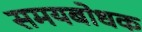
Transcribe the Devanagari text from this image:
समयबोधक